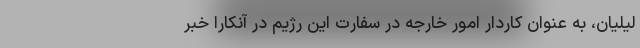
لیلیان، به عنوان کاردار امور خارجه در سفارت این رژیم در آنکارا خبر